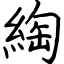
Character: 綯